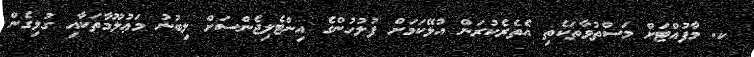
ކ. މާފުއްޓަށް މަސްތުވާތަކެތި އެތެރެކުރަން އުޅޭކަމަށް ފުލުހުންގެ އިންޓެލިޖެންސަށް ލިބުނު މަޢުލޫމާތަކާއި ގުޅިގެން